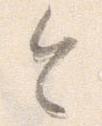
令